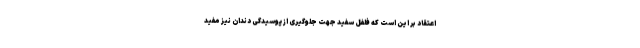
اعتقاد بر این است که فلفل سفید جهت جلوگیری از پوسیدگی دندان نیز مفید